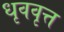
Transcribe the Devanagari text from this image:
धृववृत्त